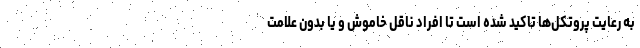
به رعایت پروتکل‌ها تاکید شده است تا افراد ناقل خاموش و یا بدون علامت